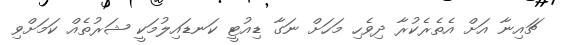
ޗައިނާ އަށް އެތެރެކުރާ ދިވެހި މަހަށް ނަގާ ޑިއުޓީ ކަނޑައިލުމަކީ ޝަރުތެއް ކަމަށްވި